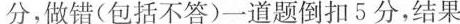
分，做错(包括不答)一道题倒扣5分，结果